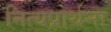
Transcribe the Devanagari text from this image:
नित्यप्रार्थना